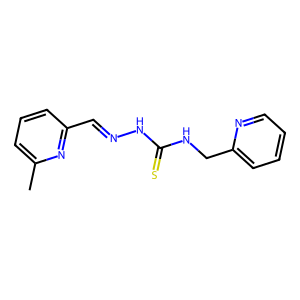
SMILES: Cc1cccc(C=NNC(=S)NCc2ccccn2)n1
Inhibits HIV replication: No